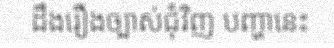
ដឹងរឿងច្បាស់ជុំវិញ បញ្ហានេះ